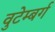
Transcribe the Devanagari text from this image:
वुटेम्बर्ग